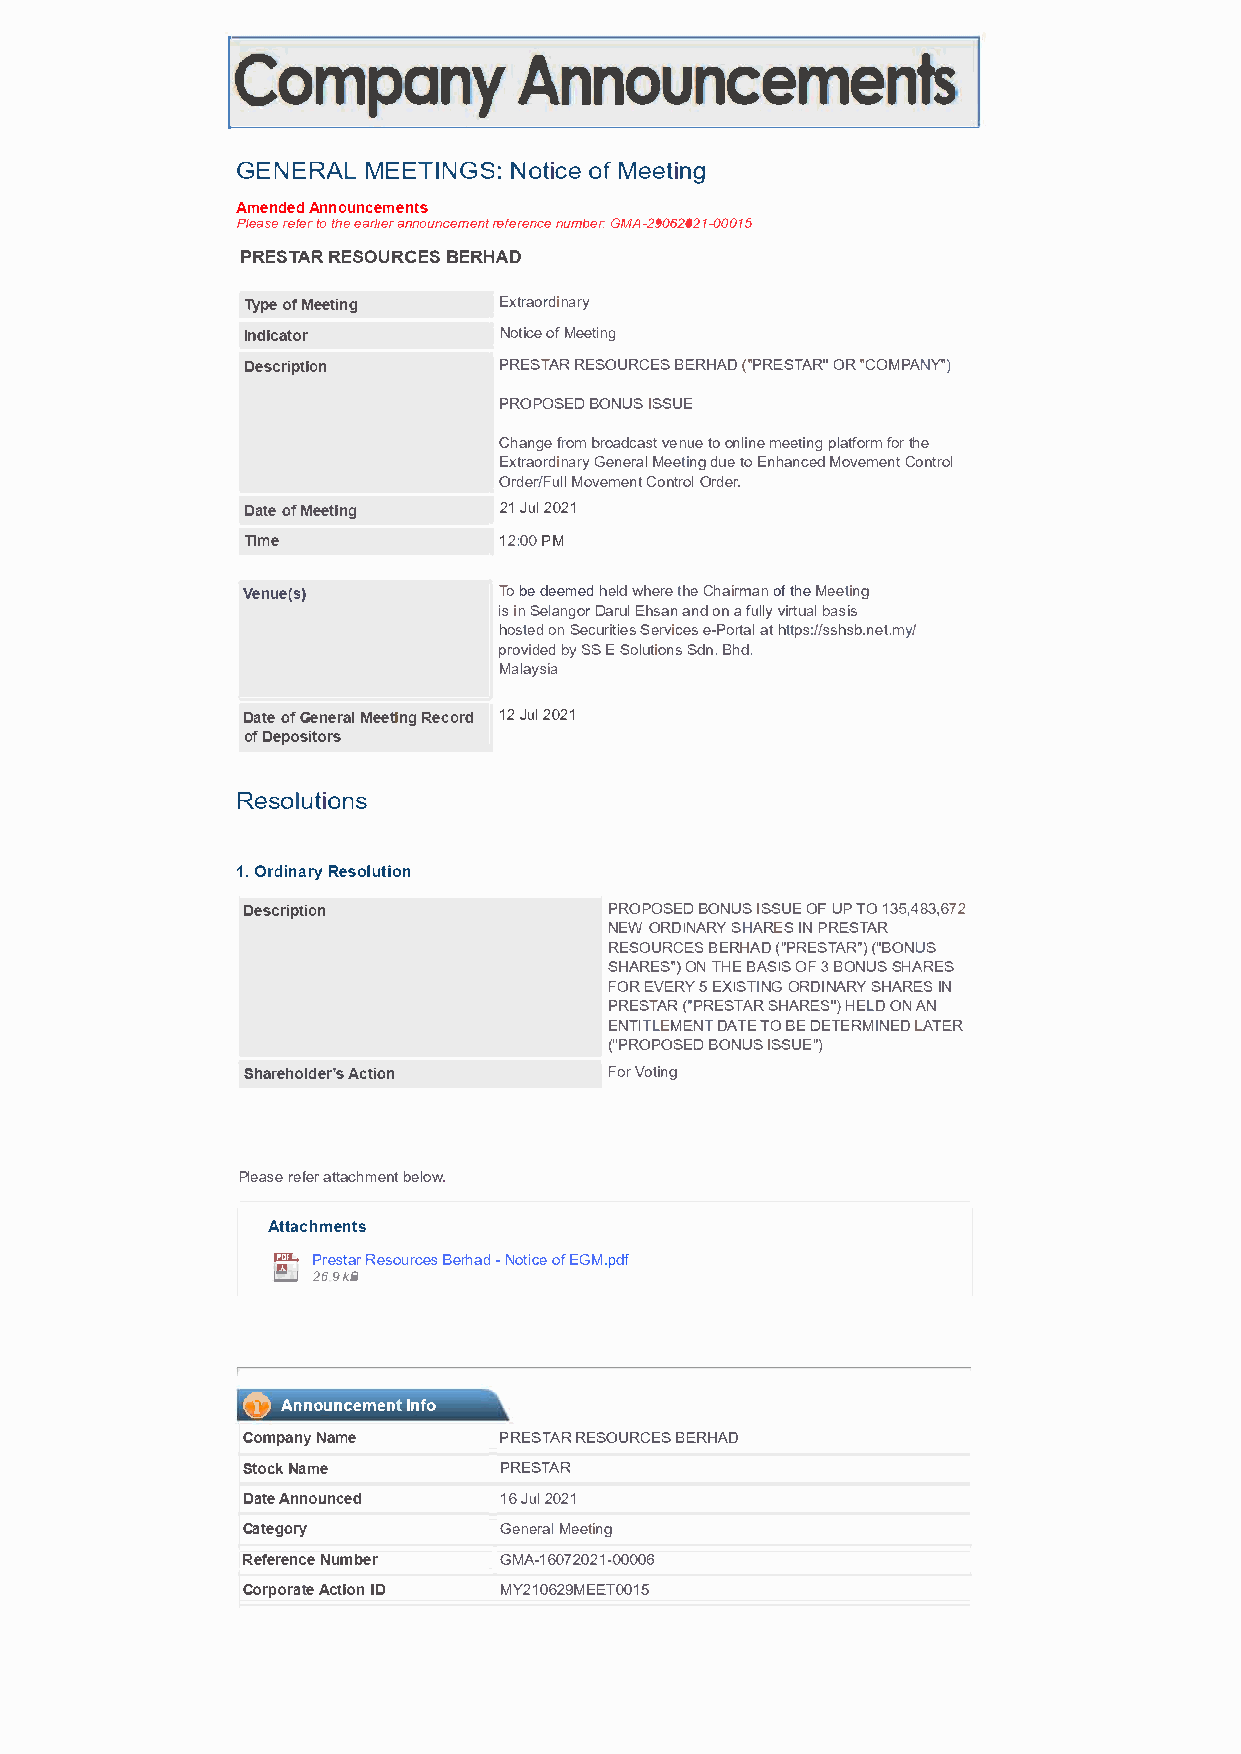
!CompAannnyo                            uncements
 GENERAMLE  ETINGSN:oic teo fM eeitng
 AmendAendn ouncements
 Plearsfeeret ot heea rlalnneoru ncermeefnetr neunmcbre:eG MA-29062021-00015
 PRESTARRE SOURCBEESR HAD
 Typeo fM eeting  Exratordinary
 Indicator        NotiocfMe e eting
 Description      PRETSARR ESOURCBEESR HA(DP" RESTARO"R " COMPNAY")
 PROPOSEBDO NUISS SUE
 Chanfgroem b roadvceansutteoo nlimneee tpilantgrfm o fotrh e
 ExratordinarGye nelMr eatenigd uteo E nhanMcoevd emeCnotn trol
 OrdFeurllM/ ovemeCnotn tOrrodle r.
 DatoefM eeting   21J u2l0 21
 Time             12:00P M
 Venue(s)         Tob ed eemehedld w hreet heC hiarmaonft hMee eting
 iisn S elangrDo arEuhls aann do na f ullyv irtbuaasli s
 hostedo nS ecrituiesS ervicees- Poarttht aptls:/ s/shsb.nye/t .m
 priodvedb yS SE SoluitonSsd .nB h.d
 Malayias
 DatoefG eneMreaeinltg R ecor1d2J u2l0 21
 ofD epositors
 Resoiolnust
 1.r dOinRaersyo lution
 Description             PROPOSEBDO NUISS SUEO FU PT O1 3,5843,762
 NEWO RDINASRHYAR ES INPR ESTAR
 RESOURCBEESRH AD( "PREST(A"RB"UO)SN
 SHARESO"N)T HEB ASISO F3 B ONUSSH ARES
 FORE VER5Y XEISTINGO RDINASRHYA REISN
 PRETSAR ("PRESTAR SHARESH"EL)D ONA N
 ENITTLEMENTD ATTEO B ED ETERMINEDLAT ER
 ("PROPOBSOENDU ISS SUE")
 Shareh'soA lcdteiron    FoVro ting
 Plearseefa etrt achbmeloewn.t
 Attachments
 �  PreasrRl esourBceersh- aNdo tiocfEe G M.pdf
 c....J 269 kB
 () AnnouncteI mnefno
 CompaNnaym e     PRESTARR ESOURCBEESR HAD
 StoNcakm e       PRESTAR
 DatAen nounced   16J u2l0 21
 Category         GenelrM aeetnig
 ReferNeunmcbee r GMA-16072021-00006
 CorpteoA rcatiIoDn MY210629MEET0015